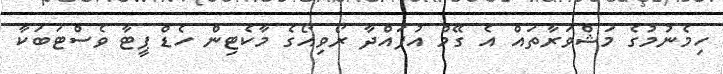
ހިމެނުމުގެ މަޝްވަރާތައް އެ ގޭމް އުފައްދާ ރޯވިއޯގެ މާކެޓިން ހެޑް ޕީޓާ ވެސްޓަބަކާ